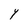
Character: Y